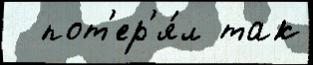
  пот'ер'я́л так